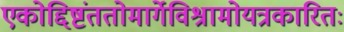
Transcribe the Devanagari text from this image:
एकोद्दिष्टंततोमार्गेविश्रामोयत्रकारितः